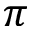
\pi